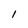
Character: 1